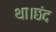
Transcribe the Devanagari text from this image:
था।छंद